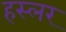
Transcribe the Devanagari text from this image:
हस्‍लर